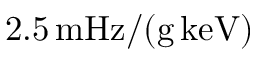
2 . 5 \, \mathrm { m H z } / ( \mathrm { g } \, \mathrm { k e V } )